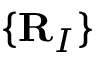
\{ \mathbf { R } _ { I } \}